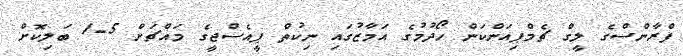
ފްރާންސްގެ ލީގް ޗެމްޕިއަންކަން ހޯދުމުގެ އަމާޒުގައި ނިކުތް ޕީއެސްޖީގެ މައްޗަށް 5-1 ބަލިކޮށް